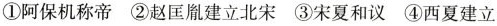
①阿保机称帝②赵匡胤建立北宋③宋夏和议④西夏建立